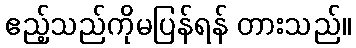
ဧည့်သည်ကိုမပြန်ရန် တားသည်။